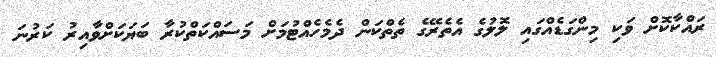
ރައްކާކޮށް ވަކި މިންގަޑެއްގައި ލޮލުގެ އެތެރޭގެ ތެތްކަން ދެމެހެއްޓުމަށް މަސައްކަތްކުރާ ބަޔަކަށްވާއިރު ކަރުނަ